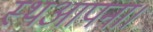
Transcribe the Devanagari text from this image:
स्थआपना।